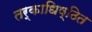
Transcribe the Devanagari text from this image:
तर्काधिष्ठित